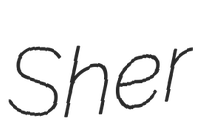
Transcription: Sher